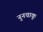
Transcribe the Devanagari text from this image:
नुनचाकू